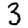
Digit: 3